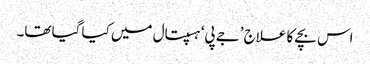
اس بچے کا علاج ’جے پی‘ ہسپتال میں کیا گیا تھا۔